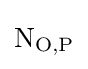
\mathrm {N} _{\mathrm {O} ,\mathrm {P} }